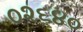
૦૨૬૪૦